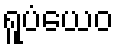
ရူပံယေဝ